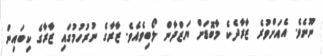
ނޫނެވެ. އެއަށްވުރެ ޒާރާދެކެ މާބޮޑަށް ޔަޒްދާން ލޯބިވެއެވެ. ޒާރާގެ ނުރުހުމުގައި ޒާރާގެ ކިބައިން